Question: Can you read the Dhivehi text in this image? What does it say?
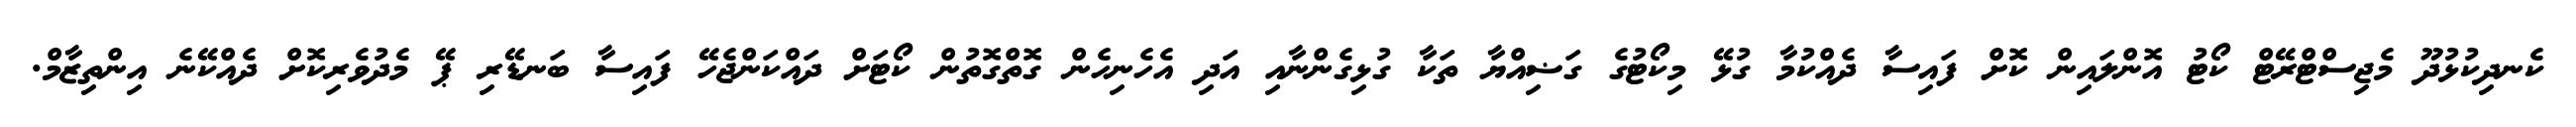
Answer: ކެނދިކުޅުދޫ މެޖިސްޓްރޭޓް ކޯޓު އޮންލައިން ކޮށް ފައިސާ ދެއްކުމާ ގުޅޭ މިކޯޓުގެ ގަޟިއްޔާ ތަކާ ގުޅިގެންނާއި އަދި އެހެނިހެން ގޮތްގޮތުން ކޯޓަށް ދައްކަންޖެހޭ ފައިސާ ބަނޑޭރި ޕޭ މެދުވެރިކޮށް ދެއްކޭނެ އިންތިޒާމް.